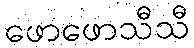
ဖောဖောသီသီ